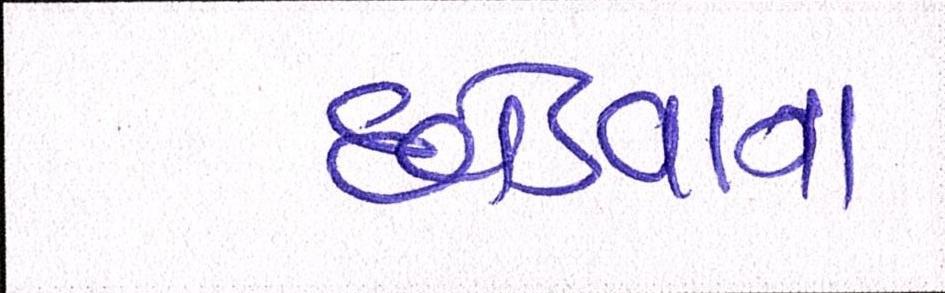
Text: છોડવાના